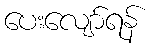
ပေးလျော်ရန်